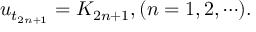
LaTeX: u _ { t _ { 2 n + 1 } } = { \cal K } _ { 2 n + 1 } , ( n = 1 , 2 , \cdots ) .